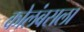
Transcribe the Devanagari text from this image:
कोलंबसला